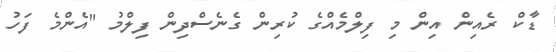
ޑާކް ރެއިން އިން މި ފިލްމެއްގެ ކުރިން ގެނެސްދިން ފިލްމު "އެންމެ ފަހު